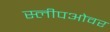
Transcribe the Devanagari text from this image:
स्लीपओवर